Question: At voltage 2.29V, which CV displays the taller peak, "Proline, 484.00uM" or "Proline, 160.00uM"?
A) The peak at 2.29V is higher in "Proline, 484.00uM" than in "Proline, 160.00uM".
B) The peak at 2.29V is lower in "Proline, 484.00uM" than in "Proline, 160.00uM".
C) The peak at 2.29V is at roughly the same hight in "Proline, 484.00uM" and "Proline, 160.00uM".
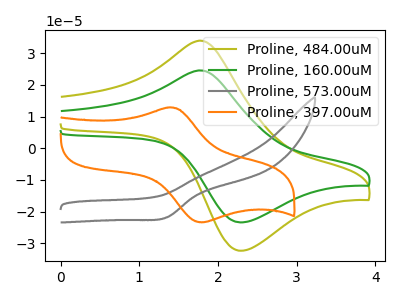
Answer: <think>The olive curve "Proline, 484.00uM" has an anodic peak at (1.80V, 33.95uA) and a cathodic peak at (2.30V, -32.35uA). The green curve "Proline, 160.00uM" has an anodic peak at (1.80V, 24.55uA) and a cathodic peak at (2.30V, -23.40uA). The gray curve "Proline, 573.00uM" has a cathodic peak at: (1.35V, -21.80uA). The orange curve "Proline, 397.00uM" has an anodic peak at (1.40V, 12.85uA) and a cathodic peak at (1.80V, -23.40uA).</think>
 <answer>A) The peak at 2.29V is higher in "Proline, 484.00uM" than in "Proline, 160.00uM".</answer>
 <eval>A</eval>